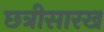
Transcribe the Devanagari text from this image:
छत्रीसारख